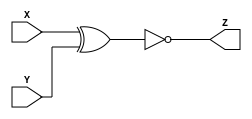
//Dylan Dennison
//Lab 1
//10/15/21

module lab1code(Z, X, Y);

   //varibles
   output Z;
   input X, Y;


   assign Z = ~(X ^ Y); // xnor

endmodule